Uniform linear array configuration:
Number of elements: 8
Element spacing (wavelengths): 0.75
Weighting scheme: uniform
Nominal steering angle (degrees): -30
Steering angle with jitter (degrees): -31.076
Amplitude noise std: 0.05
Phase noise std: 0.05

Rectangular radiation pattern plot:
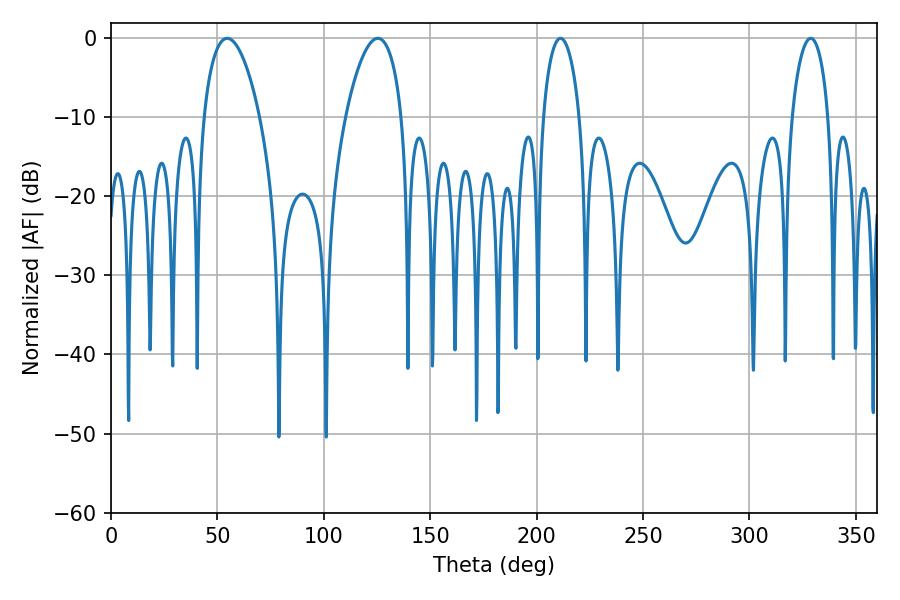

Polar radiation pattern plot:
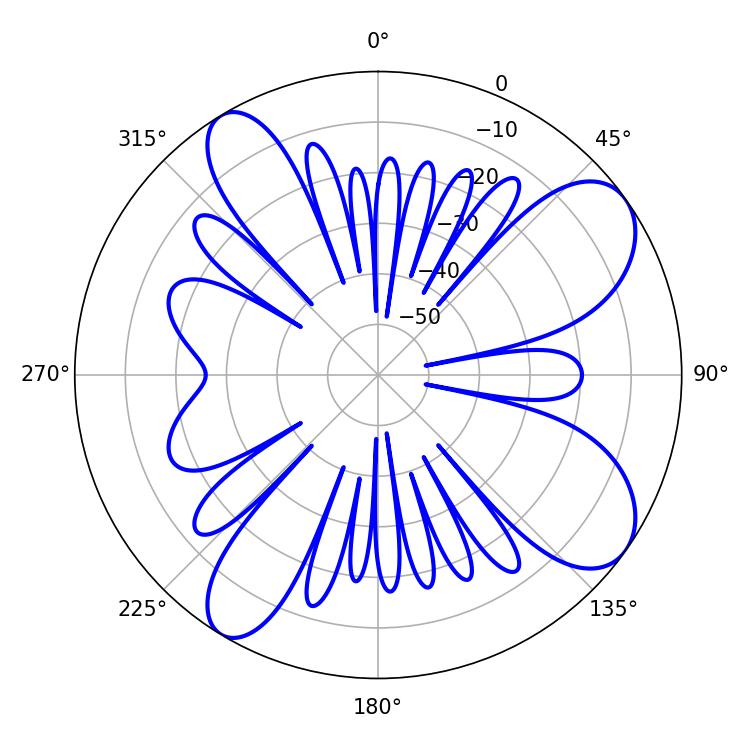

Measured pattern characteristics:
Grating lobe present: TRUE
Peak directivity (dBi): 9.079
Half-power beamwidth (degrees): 14.76
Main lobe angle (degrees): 54.54